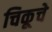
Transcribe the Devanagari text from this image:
चिकूचे